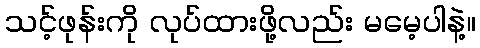
သင့်ဖုန်းကို လုပ်ထားဖို့လည်း မမေ့ပါနဲ့။